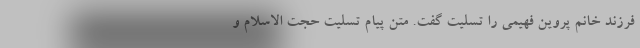
فرزند خانم پروین فهیمی را تسلیت گفت. متن پیام تسلیت حجت الاسلام و